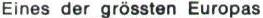
Eines der grössten Europas